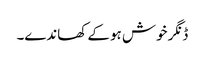
ڈنگر خوش ہو کے کھاندے۔